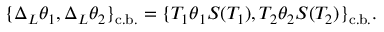
\{ \Delta _ { L } \theta _ { 1 } , \Delta _ { L } \theta _ { 2 } \} _ { \mathrm { c . b . } } = \{ T _ { 1 } \theta _ { 1 } S ( T _ { 1 } ) , T _ { 2 } \theta _ { 2 } S ( T _ { 2 } ) \} _ { \mathrm { c . b . } } .